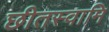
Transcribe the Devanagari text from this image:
छीतस्वामि